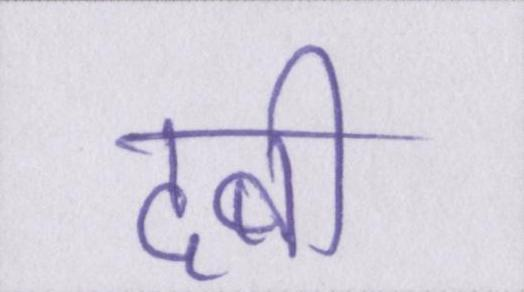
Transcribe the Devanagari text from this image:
दबी